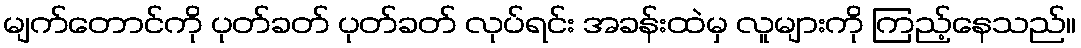
မျက်တောင်ကို ပုတ်ခတ် ပုတ်ခတ် လုပ်ရင်း အခန်းထဲမှ လူများကို ကြည့်နေသည်။